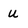
Character: U